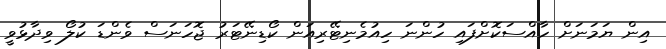
އިން ޔަމަނަށް ހާއްސަކޮށްފައި ހުންނަ ހިއުމެނިޓޭރިއަން ކޯޑިނޭޓަރު ޖޮހަނަސް ވެންޑަ ކުލޯ ވިދާޅުވީ